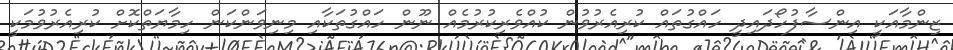
ޒިންމާއަކީ އިންސާފުހޯދައިދީ ހައްގުތައް ކުރިއެރުވުން ކުއްވެރިކުރުމެއް ނޫން ހައްގުތަކާއި މިނިވަންކަން ހިމާޔަތްކޮށް ކުރިއެރުވުމަކީ